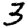
Digit: 3